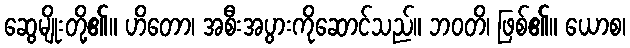
ဆွေမျိုးတို့၏။ ဟိတော၊ အစီးအပွားကိုဆောင်သည်။ ဘဝတိ၊ ဖြစ်၏။ ယောစ၊